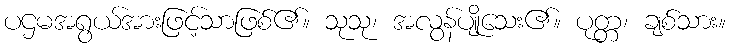
ပဌမအရွယ်အားဖြင့်သာဖြစ်၏။ သုသု၊ အလွန်ပျိုသေး၏။ ပုတ္တ၊ ချစ်သား။